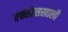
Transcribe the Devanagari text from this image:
एक्स्प्रेसखाली